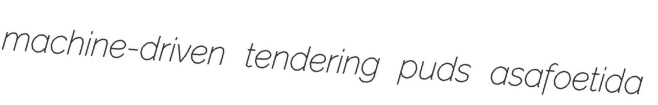
machine-driven tendering puds asafoetida